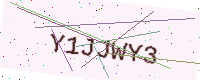
Text: Y1JJWY3